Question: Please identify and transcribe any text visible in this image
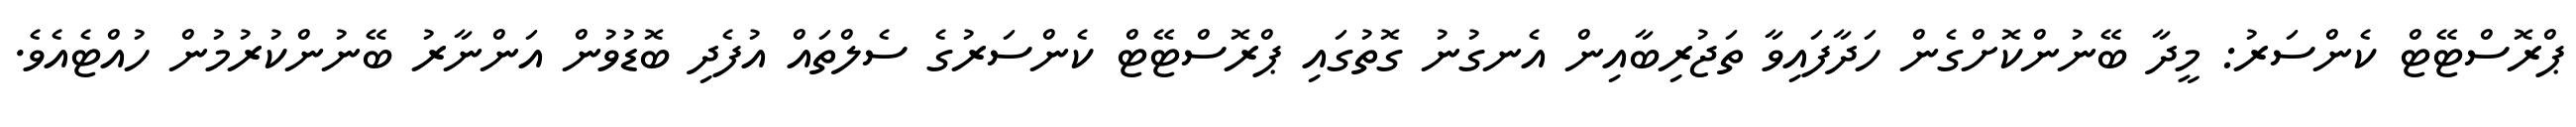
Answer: ޕްރޮސްޓޭޓް ކެންސަރު: މީދާ ބޭނުންކޮށްގެން ހަދާފައިވާ ތަޖުރިބާއިން އެނގުނު ގޮތުގައި ޕްރޮސްޓޭޓް ކެންސަރުގެ ސެލްތައް އުފެދި ބޮޑުވުން އަންނާރު ބޭނުންކުރުމުން ހުއްޓެއެވެ.